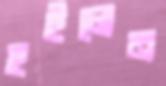
হইলেন